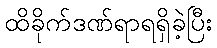
ထိခိုက်ဒဏ်ရာရရှိခဲ့ပြီး